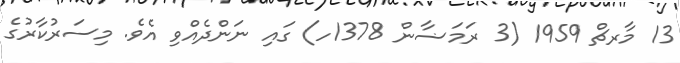
13 މާރޗް 1959 (3 ރަމަޟާން 1378ހ) ގައި ނަންދެއްވި އެވެ. މިސަރުކާރުގެ